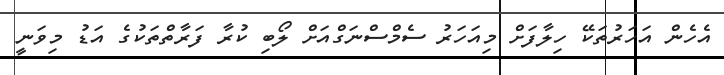
އެހެން އަހަރުތަކޭ ހިލާފަށް މިއަހަރު ސެމްސްނަގްއަށް ލޯބި ކުރާ ފަރާތްތަކުގެ އަޑު މިވަނީ